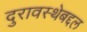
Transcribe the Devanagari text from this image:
दुरावस्थेबद्दल